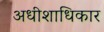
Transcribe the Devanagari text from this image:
अधीशाधिकार